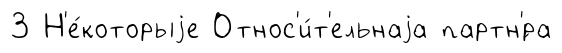
3 Н'е́которыjе Относ'и́т'ельнаjа партн'́ра